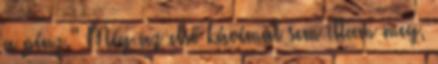
a pénz.” Még az első kávémat sem ittam meg,